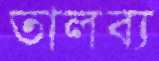
তালব্য